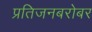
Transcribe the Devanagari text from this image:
प्रतिजनबरोबर